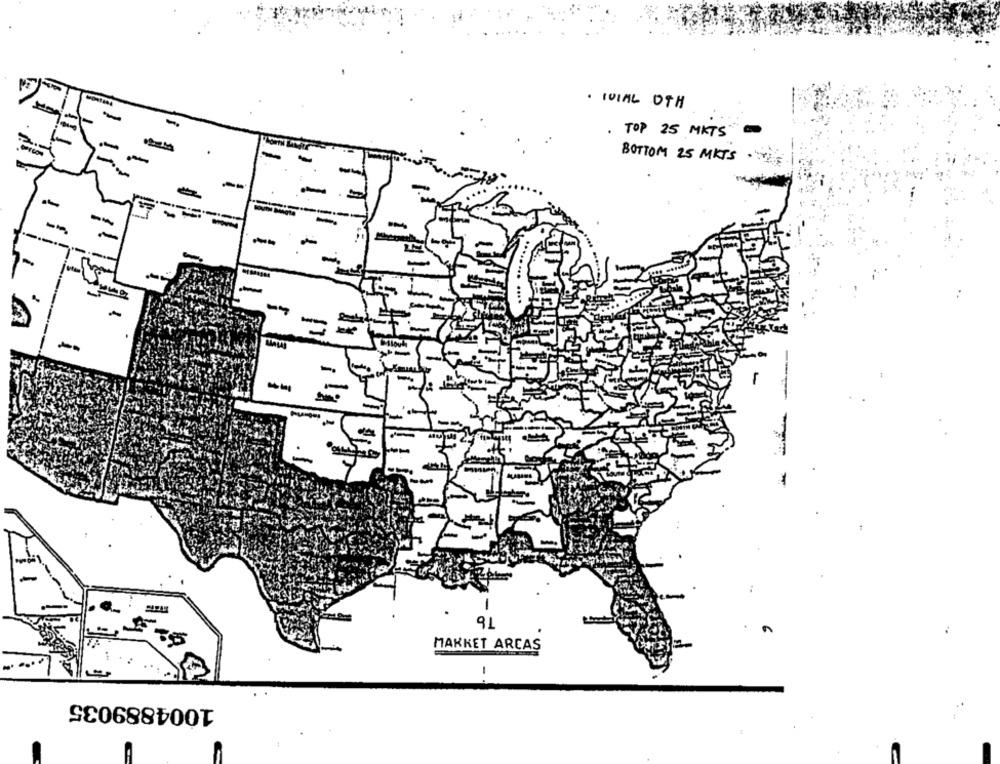
. IVIAL OTH
. TOP 25 MKTS
BOTTOM 25 MKTS .
..... ....
-
-
-
-
-
--
91
MARKET ARCAS
-
1004889035